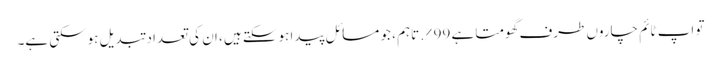
تو اپ ٹائم چاروں طرف گھومتا ہے 99٪. تاہم ، جو مسائل پیدا ہوسکتے ہیں ، ان کی تعداد تبدیل ہوسکتی ہے۔